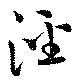
涇